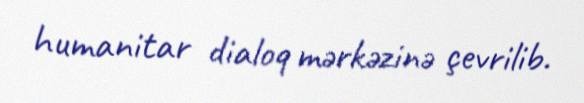
humanitar dialoq mərkəzinə çevrilib.